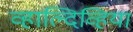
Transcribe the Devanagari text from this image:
व्हाल्दिव्हिया